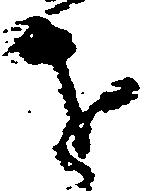
を